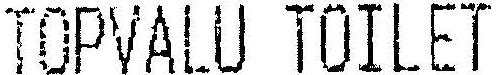
TOPVALU TOILET